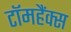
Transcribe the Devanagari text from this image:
टॉमहैंक्स